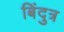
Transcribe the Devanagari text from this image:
बिंदुत्र